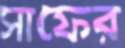
সাফের